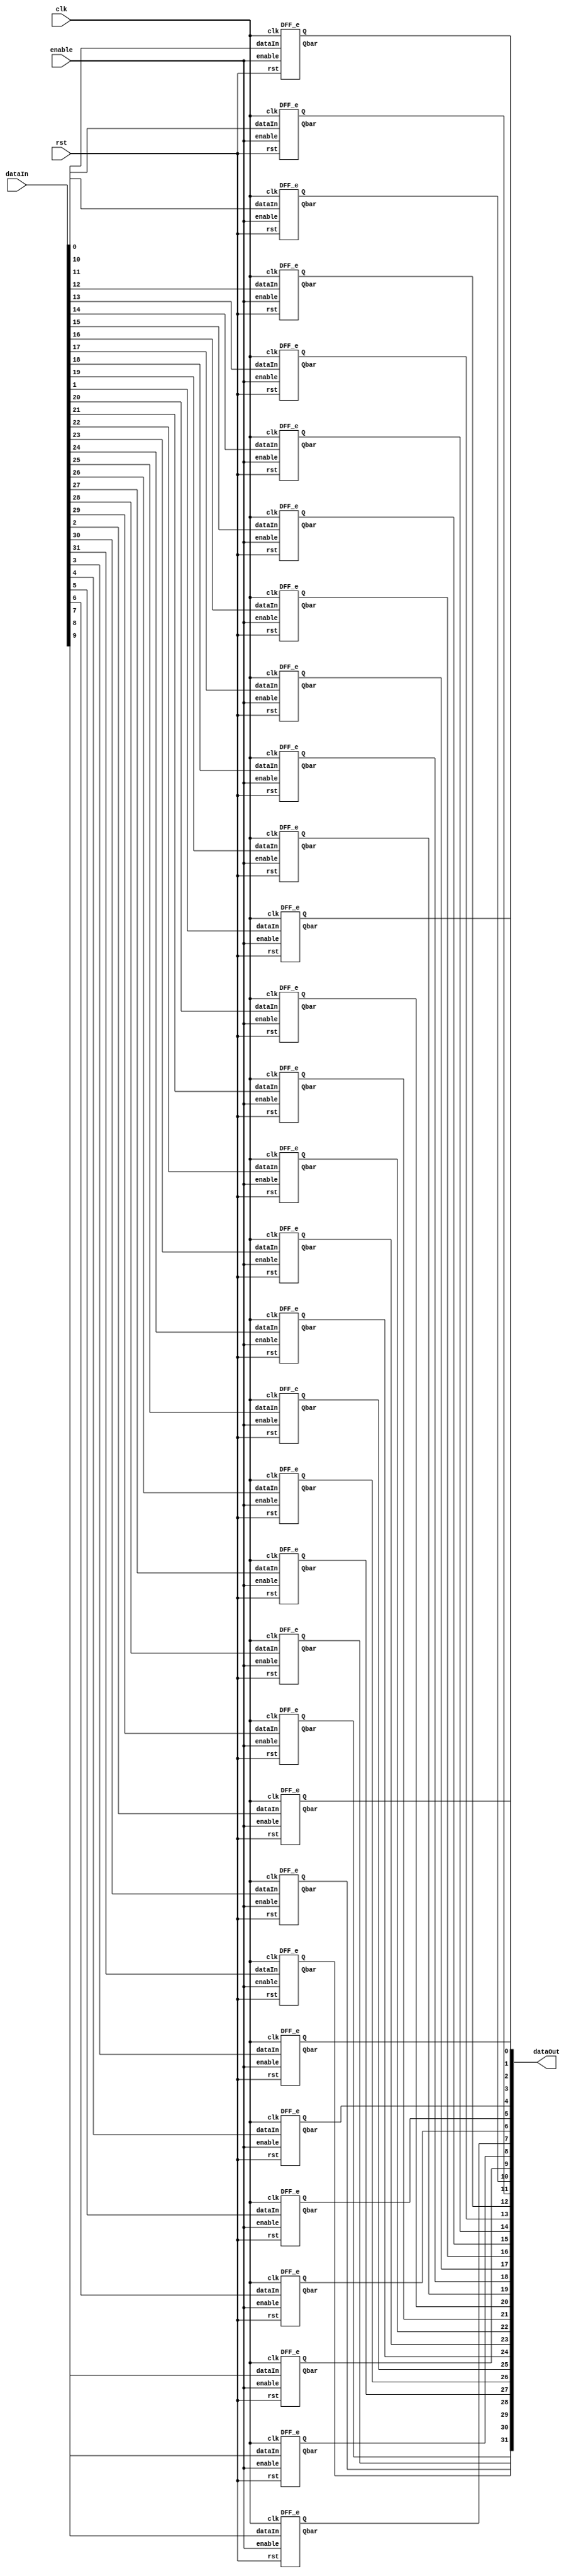
module register(dataOut,  dataIn, enable, clk, rst);
	input clk, rst, enable;
	input [31:0] dataIn;
	output wire [31:0] dataOut;
	wire [31:0] dataOutBar;

	genvar i;
	
	generate 
		for (i=0; i<32; i=i+1) begin: eachDFF
			DFF_e D (.Q(dataOut[i]), .Qbar(dataOutBar[i]), .dataIn(dataIn[i]), .enable(enable), .clk(clk), .rst(rst));
		end
	endgenerate

endmodule

module DFF_e(Q, Qbar, dataIn, enable, clk, rst);
	input clk, rst, enable;
	input dataIn;
	output reg Q;
	output reg Qbar;

	always @ (posedge clk or negedge rst)
		if (!rst) begin
			Q <= 1'b0;
			Qbar <= 1'b1;
		end
		else if(enable) begin 
			Q <= dataIn;
			Qbar <= ~dataIn;
		end
endmodule